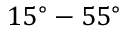
1 5 ^ { \circ } - 5 5 ^ { \circ }